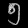
Digit: ၅